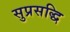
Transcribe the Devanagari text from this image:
सुप्रसद्धि